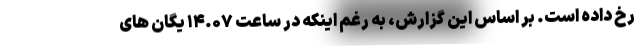
رخ داده است. بر اساس این گزارش، به رغم اینکه در ساعت ۱۴.۰۷ یگان های